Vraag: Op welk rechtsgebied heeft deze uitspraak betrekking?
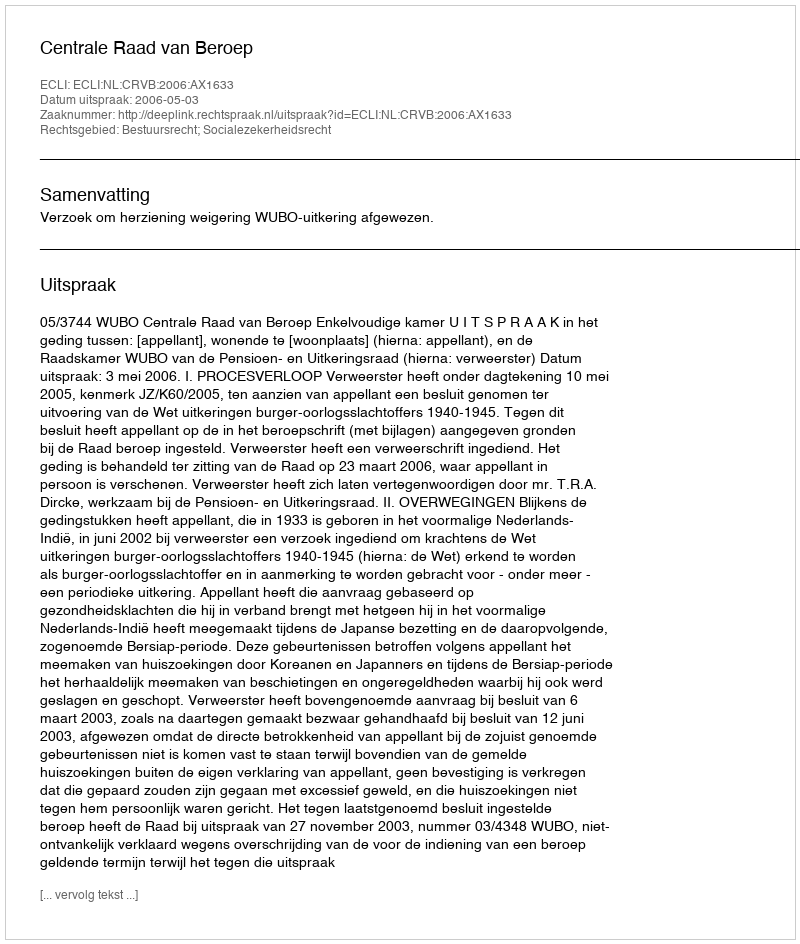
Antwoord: Bestuursrecht; Socialezekerheidsrecht